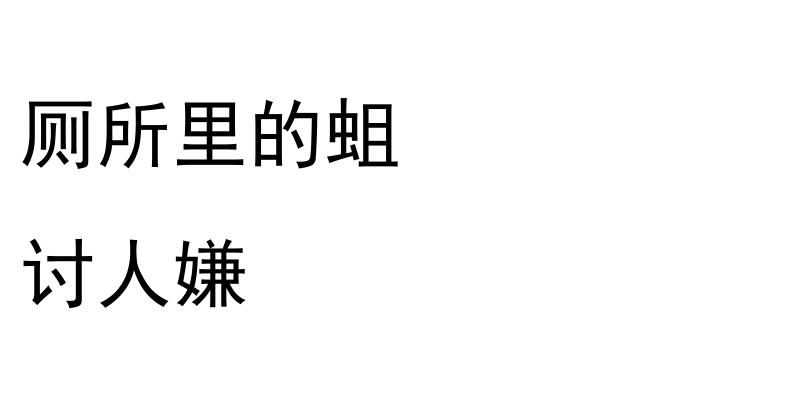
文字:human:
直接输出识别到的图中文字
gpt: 厕所里的蛆 讨人嫌